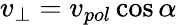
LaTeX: v_{\perp}=v_{pol}\cos\alpha